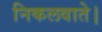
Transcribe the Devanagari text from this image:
निकलवाते।